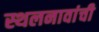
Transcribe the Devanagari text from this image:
स्थलनावांची